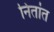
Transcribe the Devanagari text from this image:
निंतांत